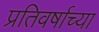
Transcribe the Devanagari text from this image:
प्रतिवर्षाच्या